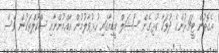
އެގޮތުން ޓީޗަރުންގެ ދުވަހާ ގުޅިގެން ސޯޝަލް މީޑިއާގައި ހުޅުވާލުމުން އާއްމުންނާއި ސްކޫލްތަކުން ވެސް